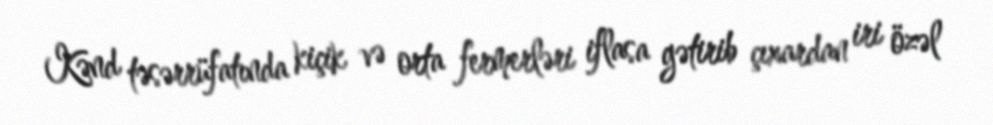
Kənd təsərrüfatında kiçik və orta fermerləri iflasa gətirib çıxardan iri özəl